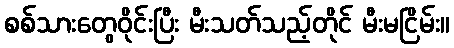
စစ်သားတွေဝိုင်းပြီး မီးသတ်သည့်တိုင် မီးမငြိမ်း။